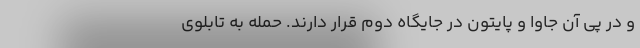
و در پی آن جاوا و پایتون در جایگاه دوم قرار دارند. حمله به تابلوی